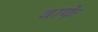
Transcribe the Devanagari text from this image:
वाफे़